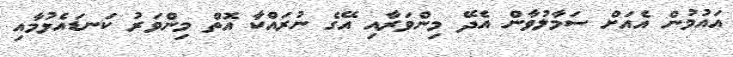
އައުމުން އެއަށް ސަމާލުވާން އެދޭ މިންވަރާއި އޭގެ ނުރައްކާ އޮތް މިންވަރު ކަނޑައެޅުމާއި